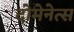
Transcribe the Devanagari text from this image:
दोमेनेत्स